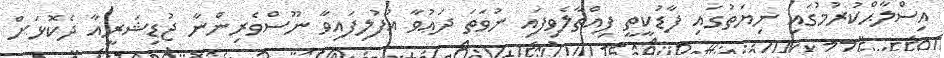
އިސްލާޙްކުރުމުގައި ނިޔަތުގައި ފާޑުކީތީ ފިއްތާލެވިފައި ނުވަތަ ދަޢުވާ އުފުލިފައިވާ ނޫސްވެރިންނާ ޖުޑިޝަރީއާ ދެކޮޅަށް